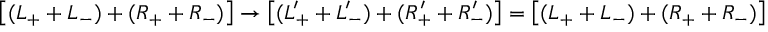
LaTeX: \left[ ( L _ { + } + L _ { - } ) + ( R _ { + } + R _ { - } ) \right] \rightarrow \left[ ( L _ { + } ^ { \prime } + L _ { - } ^ { \prime } ) + ( R _ { + } ^ { \prime } + R _ { - } ^ { \prime } ) \right] = \left[ ( L _ { + } + L _ { - } ) + ( R _ { + } + R _ { - } ) \right]